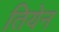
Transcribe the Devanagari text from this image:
तियेन